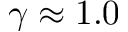
\gamma \approx 1 . 0